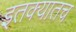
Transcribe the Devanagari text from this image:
इतक्यातच